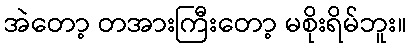
အဲတော့ တအားကြီးတော့ မစိုးရိမ်ဘူး။